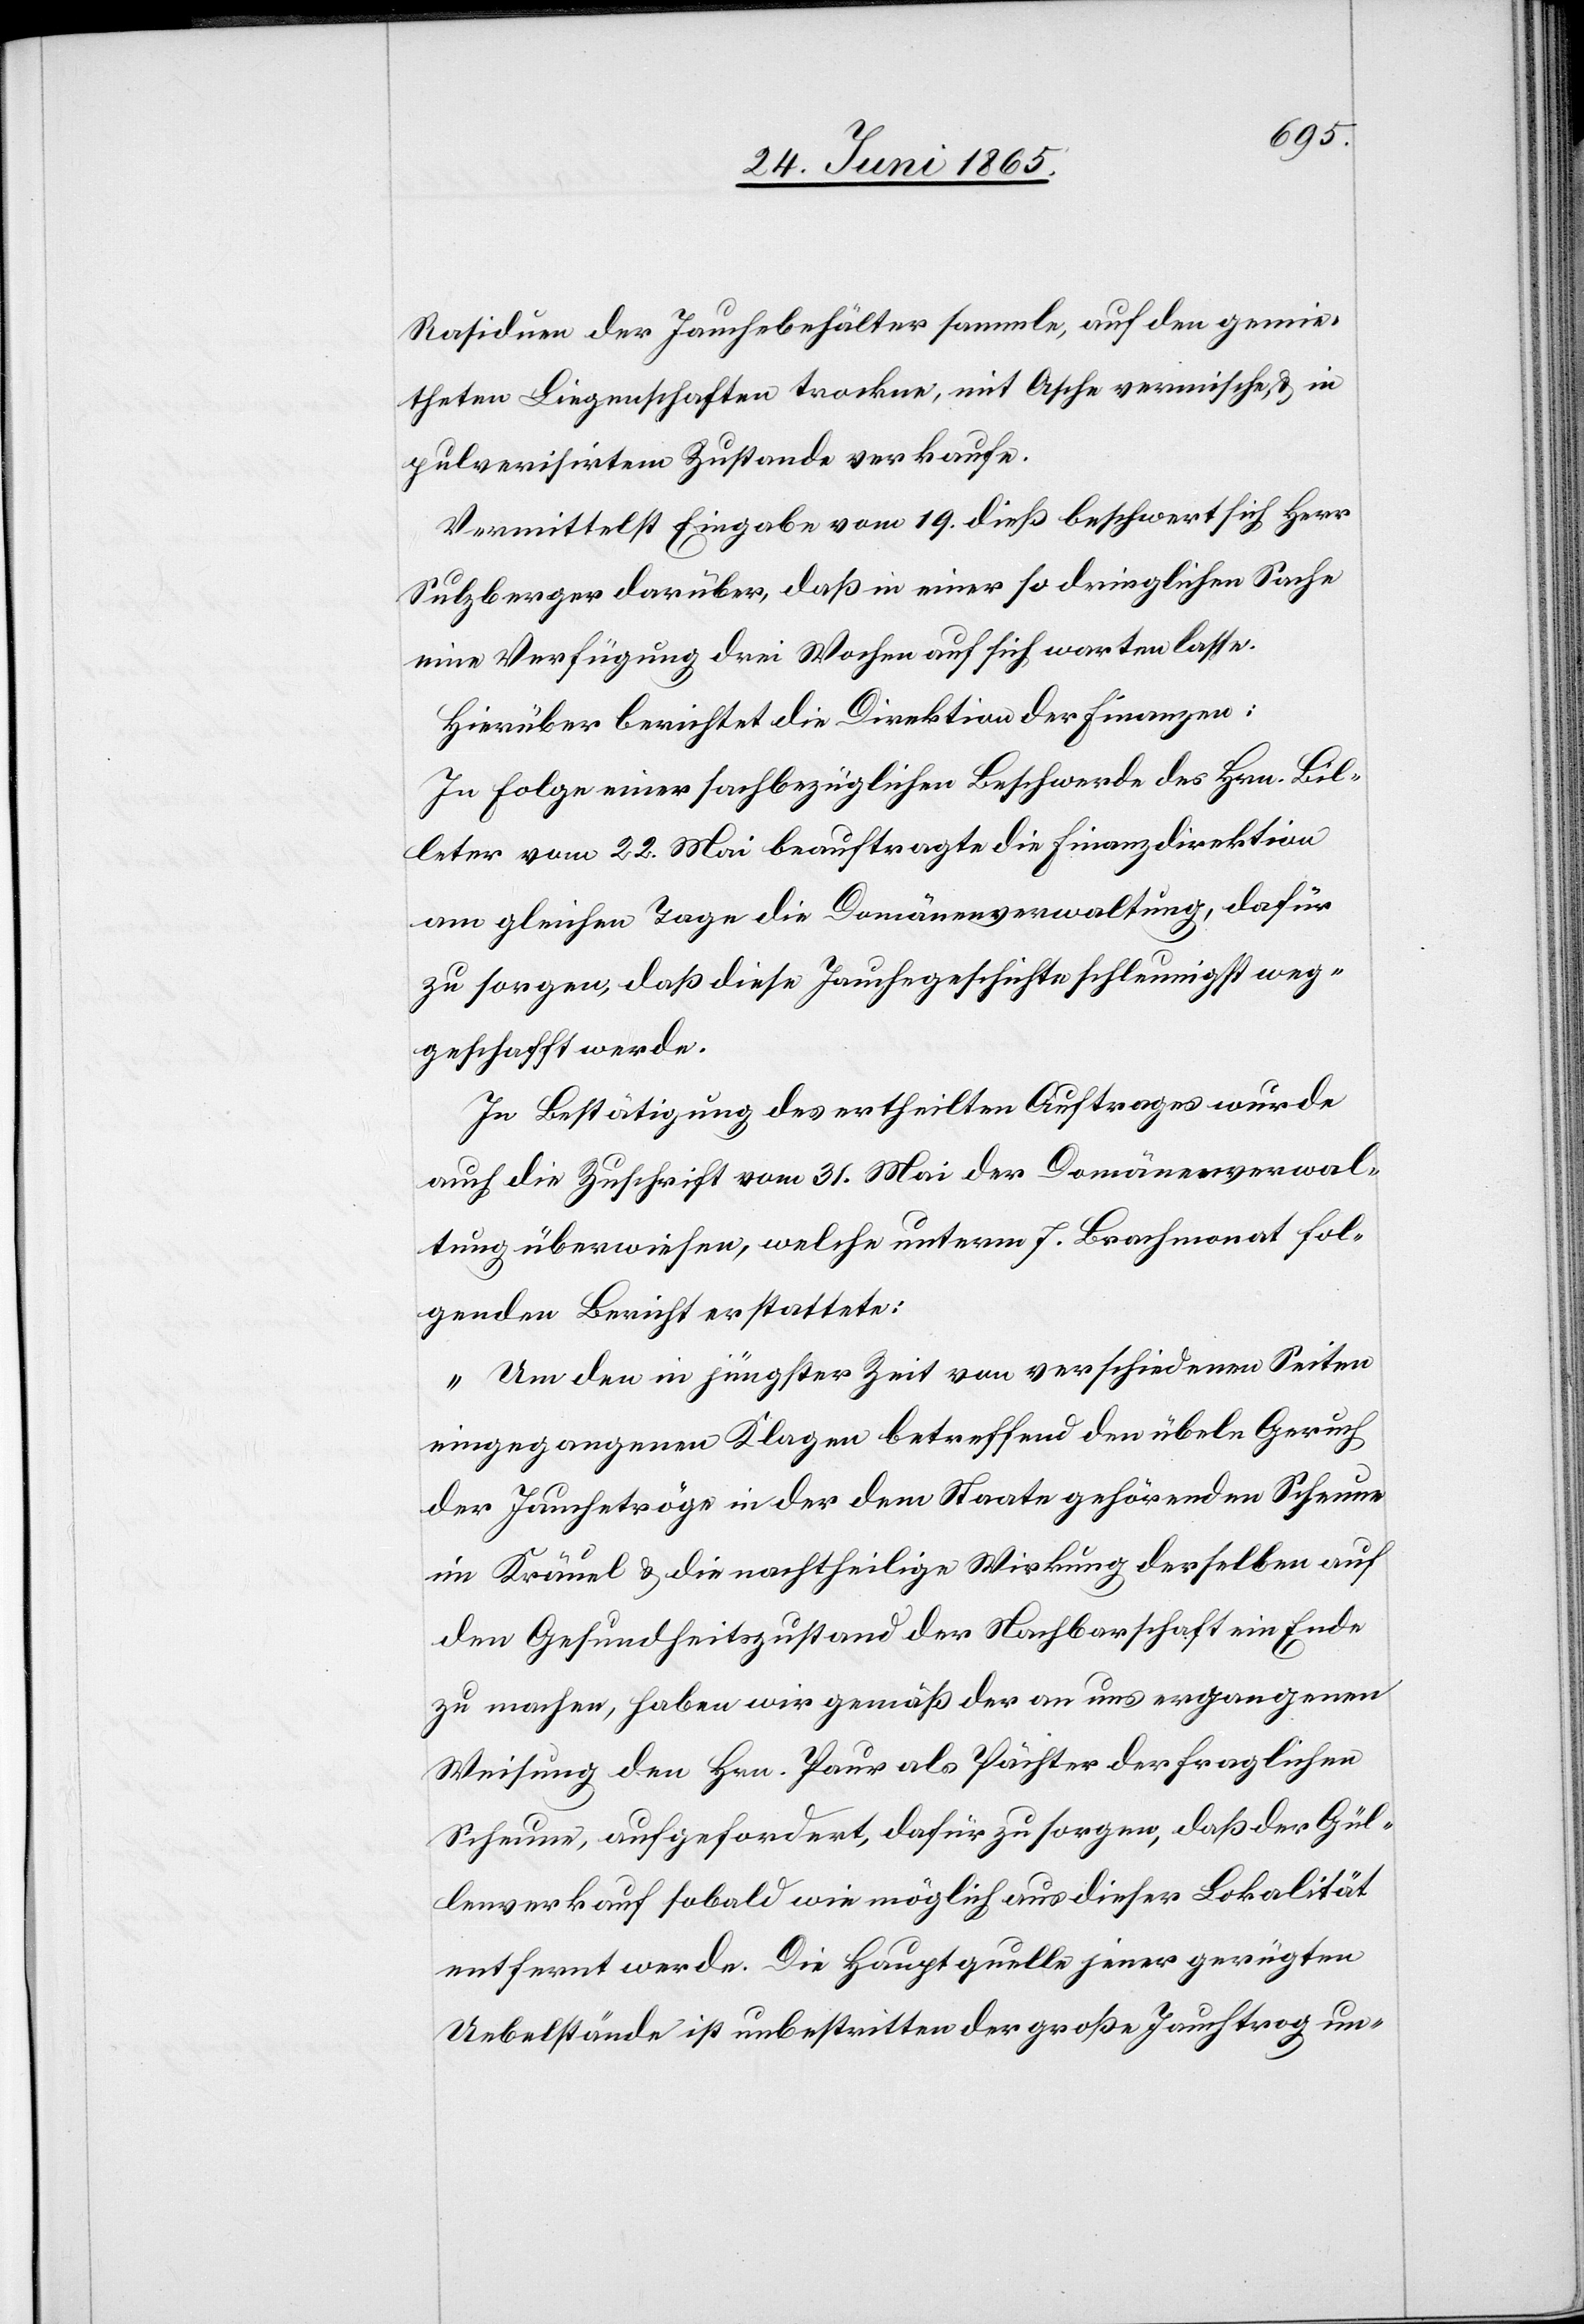
Rasiduen der Jauchebehälter sammle, auf den gemie¬
theten Liegenschaften trockne, mit Asche vermische, & in
pulverisirtem Zustande verkaufe.
Vermittelst Eingabe vom 19. dieß beschwert sich Herr
Sulzberger darüber, daß in einer so dringlichen Sache
eine Verfügung drei Wochen auf sich warten lasse.
Hierüber berichtet die Direktion der Finanzen:
In Folge einer sachbezüglichen Beschwerde des Hrn. Bil¬
leter vom 22. Mai beauftragte die Finanzdirektion
am gleichen Tage die Domänenverwaltung, dafür
zu sorgen, daß diese Jauchegeschichte schleunigst weg¬
geschafft werde.
In Bestätigung des ertheilten Auftrages wurde
auch die Zuschrift vom 31. Mai der Domänenverwal¬
tung überwiesen, welche unterm 7. Brachmonat fol¬
genden Bericht erstattete:
„Um den in jüngster Zeit von verschiedenen Seiten
eingegangenen Klagen betreffend den übeln Geruch
der Jauchetröge in der dem Staate gehörenden Scheune
im Kräuel & die nachtheilige Wirkung derselben auf
den Gesundheitszustand der Nachbarschaft ein Ende
zu machen, haben wir gemäß der an uns ergangenen
Weisung den Hrn. Paur als Pächter der fraglichen
Scheune, aufgefordert, dafür zu sorgen, daß der Gül¬
lenverkauf sobald wie möglich aus dieser Lokalität
entfernt werde. Die Hauptquelle jener gerügten
Uebelstände ist unbestritten der große Jauchtrog un-